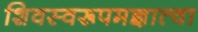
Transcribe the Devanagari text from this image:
शिवस्वरूपमज्ञात्वा